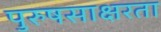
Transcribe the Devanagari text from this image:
पुरुषसाक्षरता